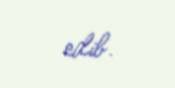
edib.